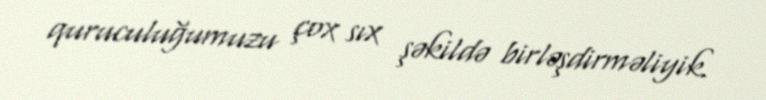
quruculuğumuzu çox sıx şəkildə birləşdirməliyik.